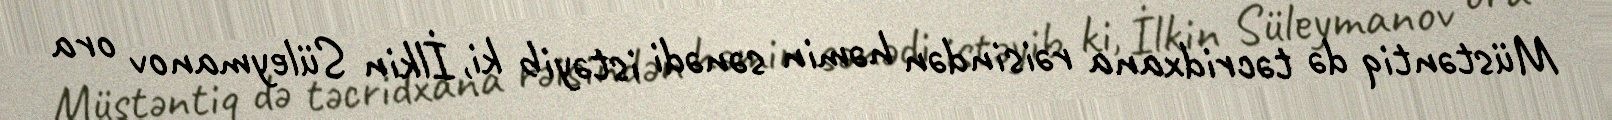
Müstəntiq də təcridxana rəisindən həmin sənədi istəyib ki, İlkin Süleymanov ora